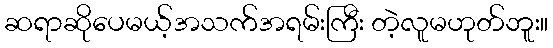
ဆရာဆိုပေမယ့်အသက်အရမ်းကြီး တဲ့လူမဟုတ်ဘူး။